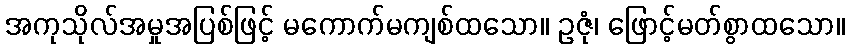
အကုသိုလ်အမှုအပြစ်ဖြင့် မကောက်မကျစ်ထသော။ ဥဇုံ၊ ဖြောင့်မတ်စွာထသော။